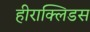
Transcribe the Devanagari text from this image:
हीराक्लिडस